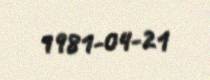
1981-04-21